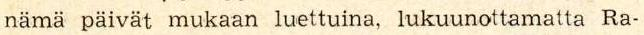
nämä päivät mukaan luettuina, lukuunottamatta Ra-